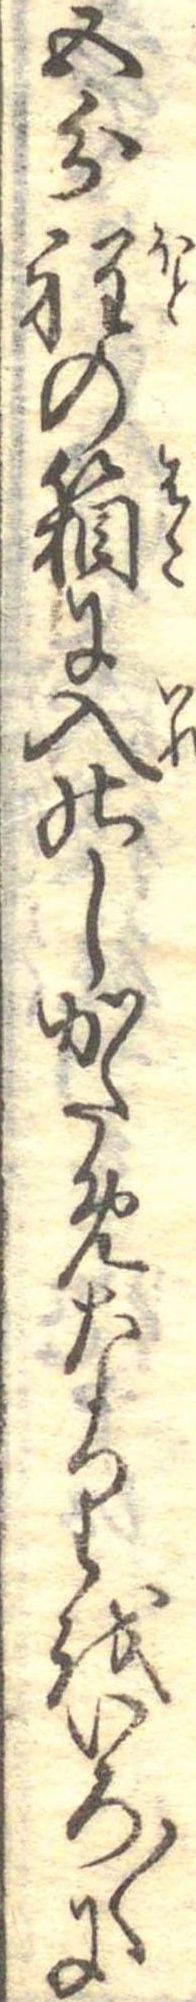
五分程の箱に入のしかためなりをいろ〱に